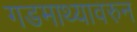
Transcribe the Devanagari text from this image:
गडमाथ्यावरुन